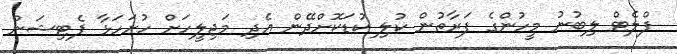
ފްލެޓް ލިބުނު މީހުންގެ ފަރާތުން ކުލި ކުޑަކޮށްދޭން އެދި މަޖިލީހަށް ހުށަހަޅާ ޕެޓިޝަން